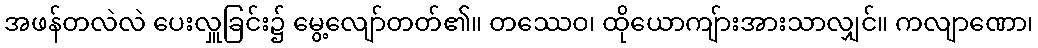
အဖန်တလဲလဲ ပေးလှူခြင်း၌ မွေ့လျော်တတ်၏။ တဿေဝ၊ ထိုယောကျ်ားအားသာလျှင်။ ကလျာဏော၊